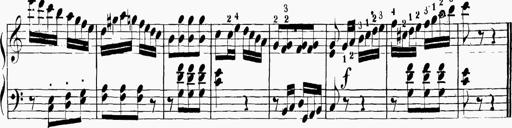
Title: 6 Sonatinas
Composer: Carl Reinecke